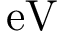
\mathrm { e V }